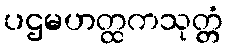
ပဌမဟတ္ထကသုတ္တံ